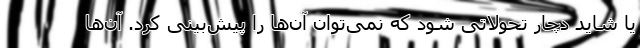
یا شاید دچار تحولاتی شود که نمی‌توان آن‌ها را پیش‌بینی کرد. آن‌ها